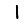
Digit: 1